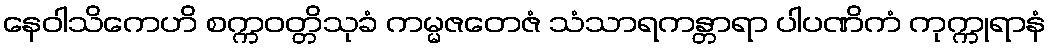
နေဝါသိကေဟိ စက္ကဝတ္တိသုခံ ကမ္မဇတေဇံ သံသာရကန္တာရာ ပါပဏိကံ ကုက္ကုရာနံ